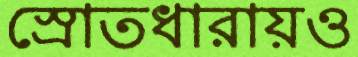
স্রোতধারায়ও